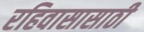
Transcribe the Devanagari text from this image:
रहिवासासाठी